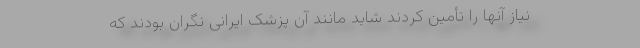
نیاز آنها را تأمین کردند شاید مانند آن پزشک ایرانی نگران بودند که